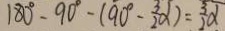
1 8 0 ^ { \circ } - 9 0 ^ { \circ } - ( 9 0 ^ { \circ } - \frac { 3 } { 2 } \alpha ) = \frac { 3 } { 2 } \alpha